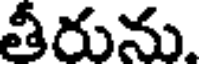
తీరును.